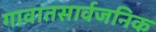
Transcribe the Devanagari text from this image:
गावातसार्वजनिक